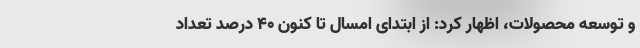
و توسعه محصولات، اظهار کرد: از ابتدای امسال تا کنون ۴۰ درصد تعداد